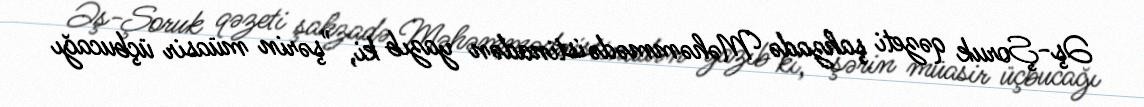
Əş-Şoruk qəzeti şahzadə Məhəmmədə istinadən yazıb ki, "şərin müasir üçbucağı